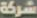
شركة